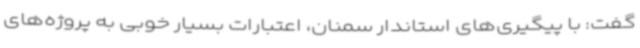
گفت: با پیگیری‌های استاندار سمنان، اعتبارات بسیار خوبی به پروژه‌های